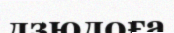
дзюдоға